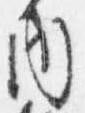
内